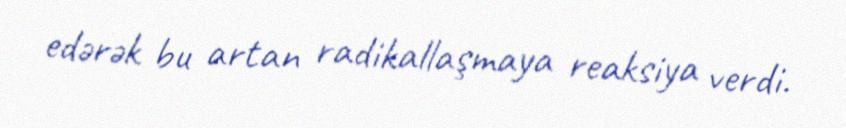
edərək bu artan radikallaşmaya reaksiya verdi.